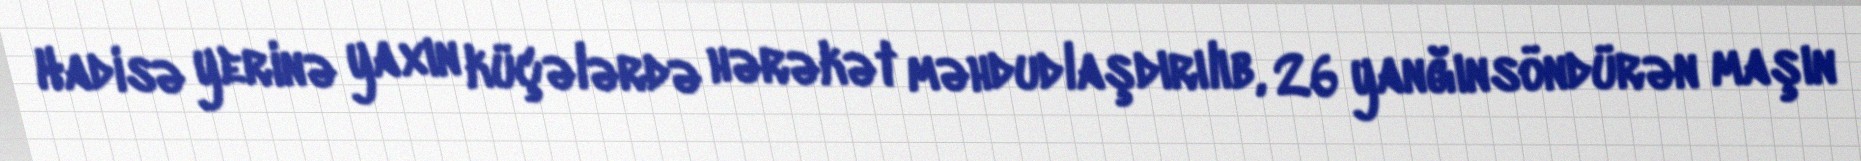
Hadisə yerinə yaxın küçələrdə hərəkət məhdudlaşdırılıb, 26 yanğınsöndürən maşın